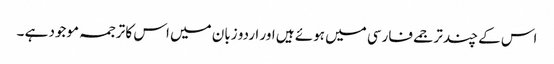
اس کے چند ترجمے فارسی میں ہوئے ہیں اور اردو زبان میں اس کا ترجمہ موجود ہے ۔